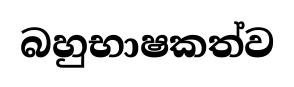
බහුභාෂකත්ව